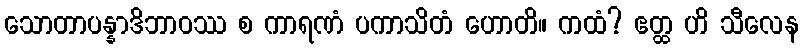
သောတာပန္နာဒိဘာဝဿ စ ကာရဏံ ပကာသိတံ ဟောတိ။ ကထံ? ဧတ္ထ ဟိ သီလေန